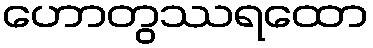
ဟောတွဿရထော